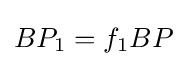
BP_{1}=f_{1}BP